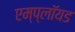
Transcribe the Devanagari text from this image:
एम्प्लॉयड